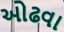
ઓઢવા